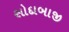
સોદાબાજી